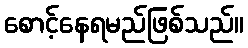
စောင့်နေရမည်ဖြစ်သည်။